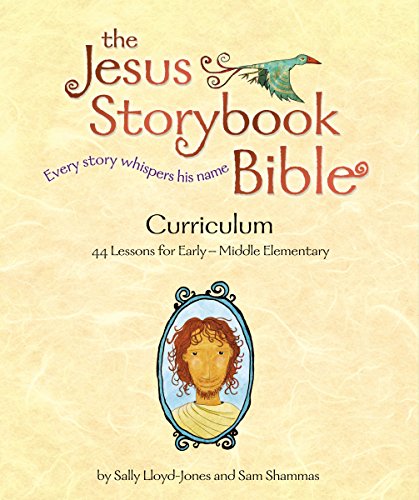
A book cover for The Jesus Storybook Bible Curriculum Kit; Sally Lloyd-Jones; Education & Teaching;